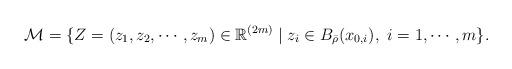
LaTeX: \begin{align*}\mathcal{M}=\{Z=(z_1,z_2,\cdots, z_m)\in\mathbb{R}^{(2m)}\mid z_i\in B_{\bar{\rho}}(x_{0,i}), \ i=1,\cdots,m\}.\end{align*}